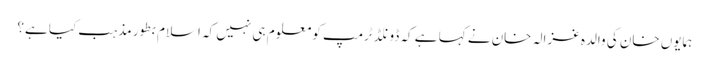
ہمایوں خان کی والدہ غزالہ خان نے کہا ہے کہ ڈونلڈ ٹرمپ کو معلوم ہی نہیں کہ اسلام بطور مذہب کیا ہے؟